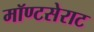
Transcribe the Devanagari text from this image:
मॉण्टसेराट